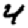
Digit: 4